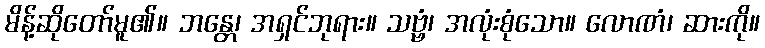
မိန့်ဆိုတော်မူ၏။ ဘန္တေ၊ အရှင်ဘုရား။ သဗ္ဗံ၊ အလုံးစုံသော။ လောဏံ၊ ဆားကို။